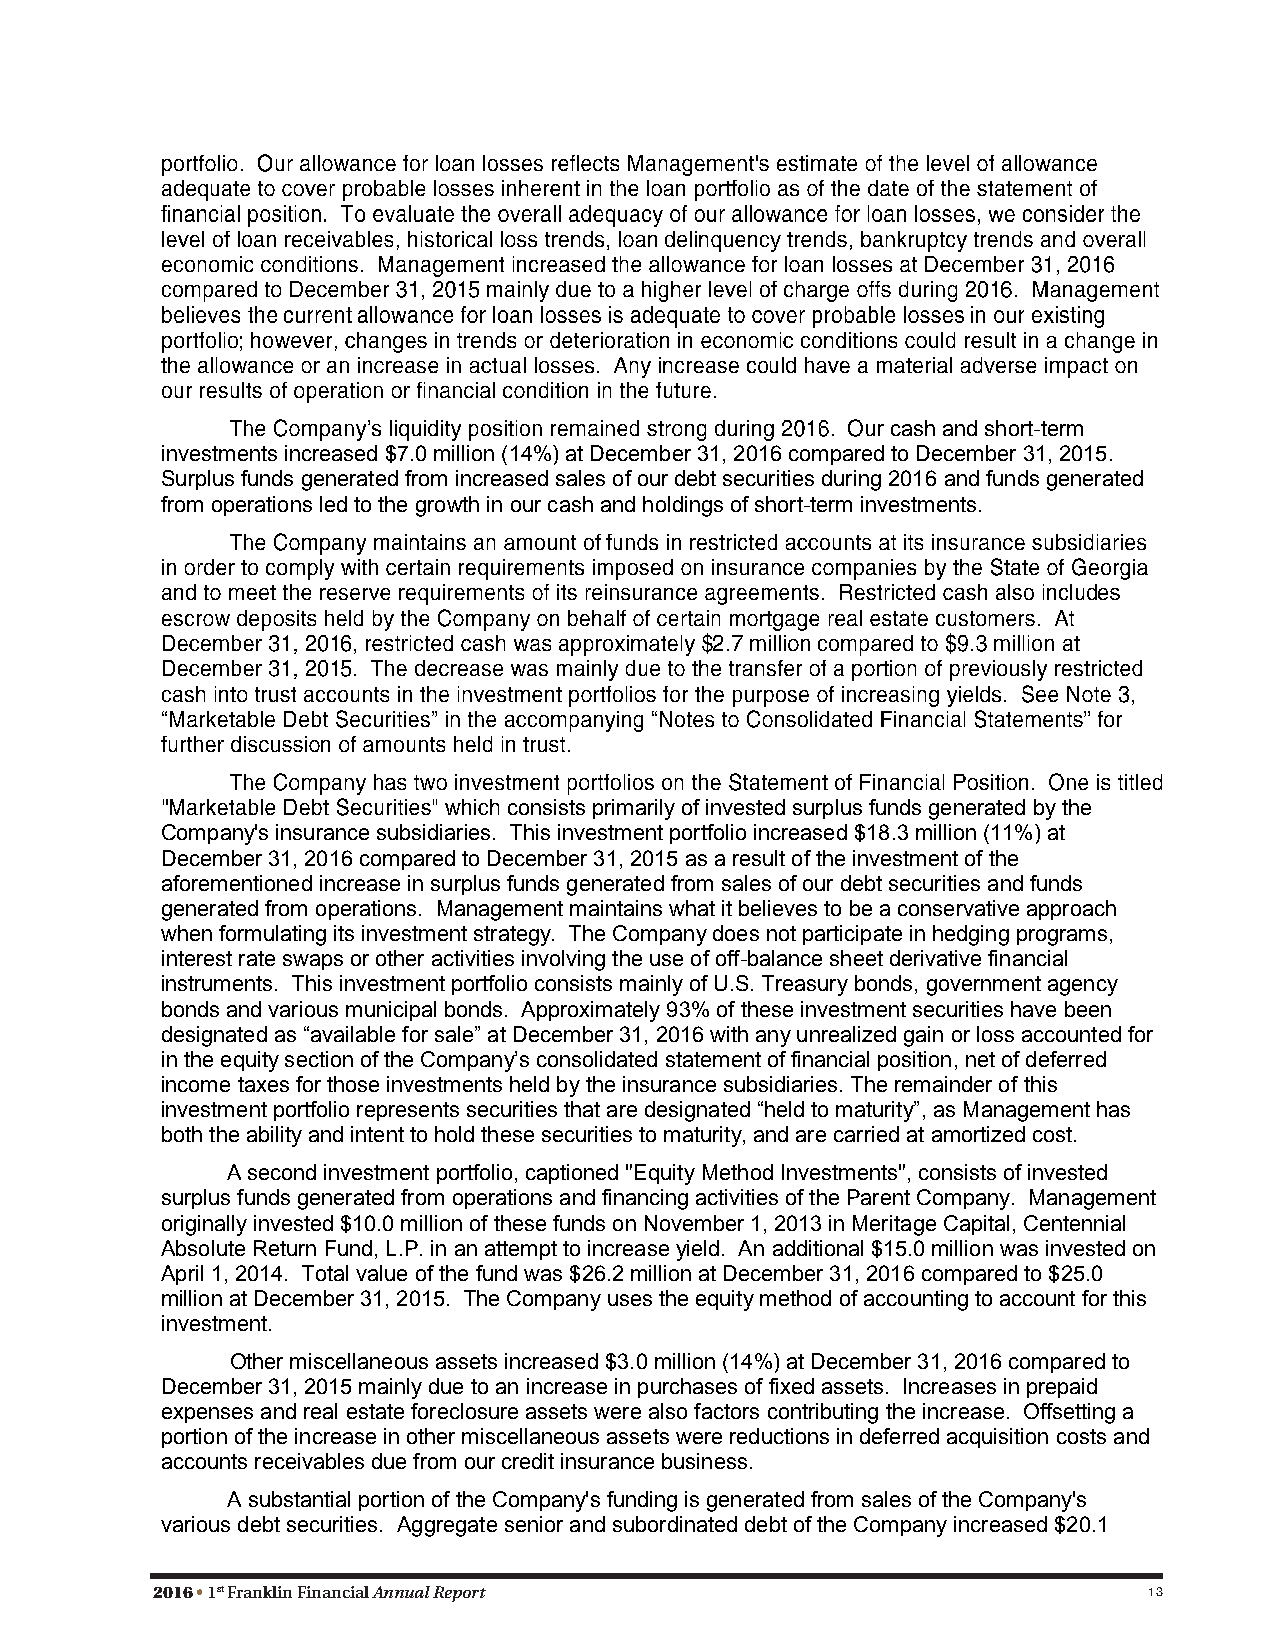
cash and short-term
 investments increased $7.0 million (14%) at December 31, 2016 compared to December 31, 2015.
 Surplus funds generated from increased sales of our debt securities during 2016 and funds generated
 from operations led to the growth in our cash and holdings of short-term investments.
 consists primarily of invested surplus funds generated by the
 Company's insurance subsidiaries. This investment portfolio increased $18.3 million (11%) at
 December 31, 2016 compared to December 31, 2015 as a result of the investment of the
 aforementioned increase in surplus funds generated from sales of our debt securities and funds
 generated from operations. Management maintains what it believes to be a conservative approach
 when formulating its investment strategy. The Company does not participate in hedging programs,
 interest rate swaps or other activities involving the use of off-balance sheet derivative financial
 instruments. This investment portfolio consists mainly of U.S. Treasury bonds, government agency
 bonds and various municipal bonds. Approximately 93% of these investment securities have been
 designated as “available for sale” at December 31, 2016 with any unrealized gain or loss accounted for
 in the equity section of the Company’s consolidated statement of financial position, net of deferred
 income taxes for those investments held by the insurance subsidiaries. The remainder of this
 investment portfolio represents securities that are designated “held to maturity”, as Management has
 both the ability and intent to hold these securities to maturity, and are carried at amortized cost.
 A second investment portfolio, captioned "Equity Method Investments", consists of invested
 surplus funds generated from operations and financing activities of the Parent Company. Management
 originally invested $10.0 million of these funds on November 1, 2013 in Meritage Capital, Centennial
 Absolute Return Fund, L.P. in an attempt to increase yield. An additional $15.0 million was invested on
 April 1, 2014. Total value of the fund was $26.2 million at December 31, 2016 compared to $25.0
 million at December 31, 2015. The Company uses the equity method of accounting to account for this
 investment.
 Other miscellaneous assets increased $3.0 million (14%) at December 31, 2016 compared to
 December 31, 2015 mainly due to an increase in purchases of fixed assets. Increases in prepaid
 expenses and real estate foreclosure assets were also factors contributing the increase. Offsetting a
 portion of the increase in other miscellaneous assets were reductions in deferred acquisition costs and
 accounts receivables due from our credit insurance business.
 A substantial portion of the Company's funding is generated from sales of the Company's
 various debt securities. Aggregate senior and subordinated debt of the Company increased $20.1
 2016 • 1st Franklin Financial Annual Report                       13
 16